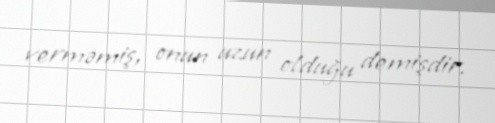
verməmiş, onun uzun olduğu demişdir.